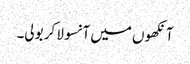
آنکھوں میں آنسو لا کر بولی۔